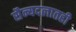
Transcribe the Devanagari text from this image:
सैन्यदलातही